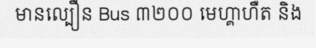
មានល្បឿន Bus ៣២០០ មេហ្គាហឺត និង